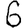
Digit: 6